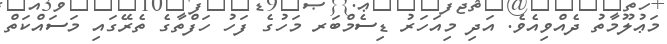
މަޢުލޫމާތު ދެއްވިއެވެ. އަދި މިއަހަރު ޑިސެމްބަރ މަހުގެ ފަހު ހަފްތާގެ ތެރޭގައި މަސައްކަތް